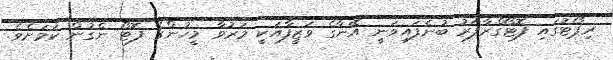
ރިޕޯޓުގައި ފޮޓޯގްރާފަރު ބުނެފައިވަނީ އޭނާގެ ވަޒީފާއަކީ މަރުވާ މީހުންގެ ފޮޓޯ ނެގުން ކަމަށެވެ.